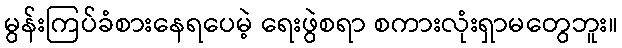
မွန်းကြပ်ခံစားနေရပေမဲ့ ရေးဖွဲစရာ စကားလုံးရှာမတွေဘူး။